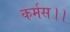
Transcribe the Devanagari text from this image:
कर्मस।।